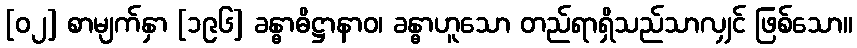
[၀၂] စာမျက်နှာ [၁၉၆] ခန္ဓာဓိဋ္ဌာနာဝ၊ ခန္ဓာဟူသော တည်ရာရှိသည်သာလျှင် ဖြစ်သော။